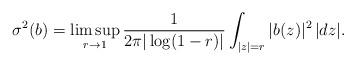
LaTeX: \begin{align*}\sigma^2(b) = \limsup_{r\to1} \frac{1}{2\pi |\log(1-r)|} \int_{|z|=r} |b(z)|^2 \, |dz|.\end{align*}